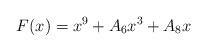
LaTeX: \begin{align*} F(x)=x^9+A_6x^3+A_8x\end{align*}